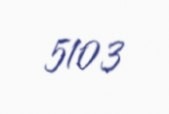
5103